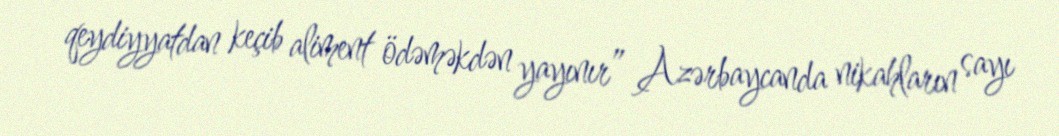
qeydiyyatdan keçib aliment ödəməkdən yayınır” Azərbaycanda nikahların sayı